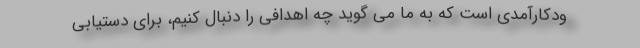
ودکارآمدی است که به ما می گوید چه اهدافی را دنبال کنیم،‌ برای دستیابی